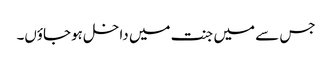
جس سے میں جنت میں داخل ہوجاؤں۔